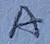
Text: A